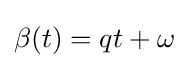
\beta (t)=qt+\omega